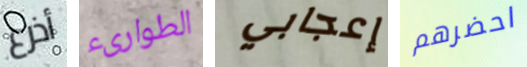
أذرع الطوارىء إعجابي احضرهم